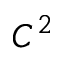
C ^ { 2 }